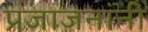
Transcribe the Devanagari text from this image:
प्रजाजनांनी